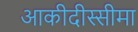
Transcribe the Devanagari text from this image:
आकीदीस्सीमा